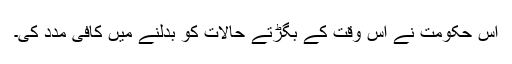
اس حکومت نے اس وقت کے بگڑتے حالات کو بدلنے میں کافى مدد کى۔